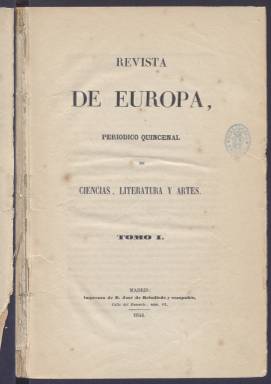
Título: Revista de Europa
Colección: Cultura
Ámbito geográfico: Madrid
Lugar de publicación: Madrid
Fechas: 15/05/1846-15/08/1846

Se trata de un periódico quincenal de 1846 dedicado a las ciencias, la literatura y las artes que buscaba divulgar las producciones de la cultura española y europea. Aunque eran esas las materias que figuran en su portada, también se ocupó de otras como la filosofía, la economía o la historia. Huyó de la política tras las luchas de las primeras décadas del siglo XIX y una vez consolidado el régimen liberal en España.

   La Biblioteca Nacional de España posee los dos tomos que agrupan las entregas de esta publicación. El primero va del 15 de mayo al 1 de julio, con cuatro números, y el segundo tomo del 15 de agosto al 15 de septiembre, con tres números, lo que explica la diferencia de páginas, dado que el primero tiene casi el doble que el segundo. También figura una larga introducción en el primero. No parece que se editaran más.

  En la citada introducción los editores mostraban su ambición con las siguientes palabras: ‘Sin aplaudir ni censurar las publicaciones de este género que hasta ahora han visto la luz pública en España, fuerza es confesar que ninguna de las que conocemos ha colmado las esperanzas concebidas al verla aparecer en la palestra literaria. Sea que la política roba a los hombres de más merecimiento el ocio y la paz del ánimo que exige el cultivo de las letras, sea que haya otras causas más plausibles para explicar el hecho a que nos referimos, no admite duda alguna la realidad de su existencia’.

   Tampoco la Revista de Europa logró lo que se proponía, y eso a pesar de contar con una nómina de colaboradores de gran prestigio. La lista de los colaboradores puede consultarse en las últimas páginas de los tomos. Figuran entre ellos Antonio Alcalá Galiano, Pascual Madoz, Joaquín María López, Juan Eugenio Hartzembusch, Donoso Cortés, Antonio Gil y Zárate, Aureliano Fernández Guerra y Manuel Cañete, entre otros.

 En las últimas páginas figuran también los índices, donde pueden consultarse los artículos de cada número. La nota más característica es la variedad de los asuntos tratados, que abarcan todo tipo de materias. Seguían a los artículos una revista de la quincena, que era un repaso a la actualidad cultural, como las representaciones teatrales y de ópera, y un boletín bibliográfico con las novedades.

   La revista se suscribía, además de en librerías de toda España, en Londres, París y Lisboa, así como en cuatro capitales latinoamericanas. Una ambición que no se vio coronada por el éxito.

[Descripción publicada el 11/09/2023]